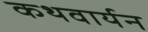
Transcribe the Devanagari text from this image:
कथवार्यन